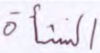
النشأة